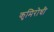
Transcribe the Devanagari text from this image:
कृमिरोधी